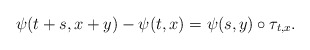
\begin{align*}\psi(t+s,x+y)-\psi(t,x)=\psi(s,y)\circ\tau_{t,x}.\end{align*}